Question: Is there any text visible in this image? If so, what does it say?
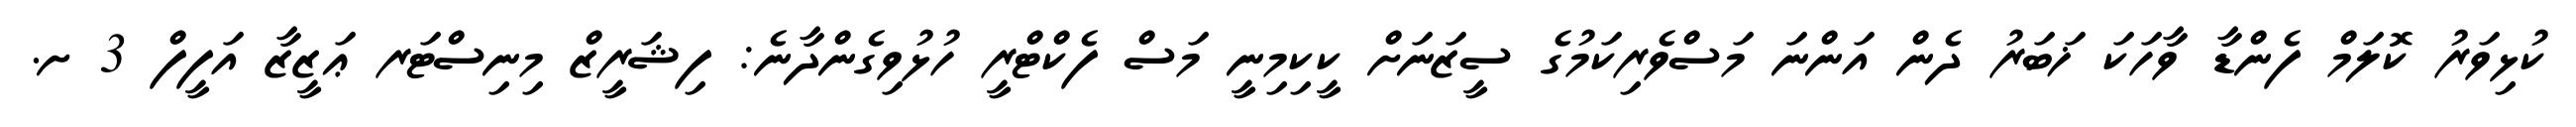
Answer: ކުޅިވަރު ކޮލަމް ފެންޑާ ވާހަކަ ޚަބަރު ދެން އަންނަ މަސްވެރިކަމުގެ ސީޒަނަށް ކީކިމިނީ މަސް ފެކްޓްރީ ހުޅުވިގެންދާނެ: ފިޝަރީޒް މިނިސްޓަރ ޢަޒީޒާ އަފީފް 3 ށ.